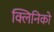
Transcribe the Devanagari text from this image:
क्लिनिको